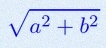
\sqrt{a^2+b^2}